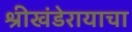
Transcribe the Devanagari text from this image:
श्रीखंडेरायाचा